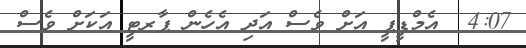
4:07  އެމްޑީޕީ އަށް ވެސް އަދި އެހެން ޕާރޓީ އަކަށް ވެސް